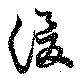
湲